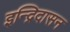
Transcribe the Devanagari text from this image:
इन्द्रिदासन